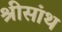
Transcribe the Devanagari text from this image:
श्रीसांथ